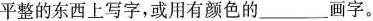
平整的东西上写字，或用有颜色的___画字。